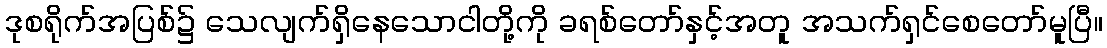
ဒုစရိုက်အပြစ်၌ သေလျက်ရှိနေသောငါတို့ကို ခရစ်တော်နှင့်အတူ အသက်ရှင်စေတော်မူပြီ။